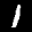
Label: 1